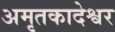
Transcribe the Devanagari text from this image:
अमृतकादेश्वर